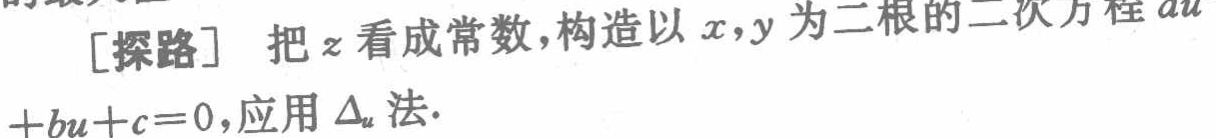
[探路] 把\(z\)看成常数，构造以\(x,y\)为二根的二次方程\(au^{2}+bu + c = 0\)，应用\(\Delta_{u}\)法.